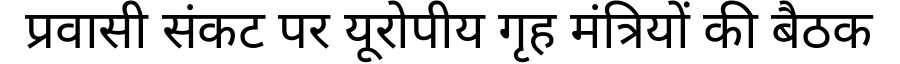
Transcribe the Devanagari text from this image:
प्रवासी संकट पर यूरोपीय गृह मंत्रियों की बैठक